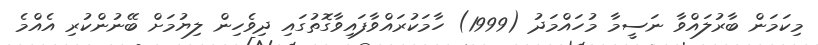
މިކަމަން ބާރުލައްވާ ނަސީމާ މުހައްމަދު (1999) ހާމަކުރައްވާފައިވާގޮތުގައި ދިވެހިން ލިޔުމަށް ބޭނުންކުރި އެއްމެ